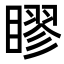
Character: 𥉾